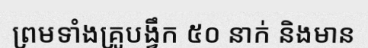
ព្រមទាំងគ្រូបង្វឹក ៥០ នាក់ និងមាន